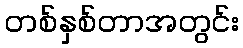
တစ်နှစ်တာအတွင်း